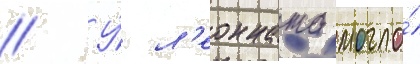
// У́ л'еонната могло́